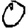
Digit: 0